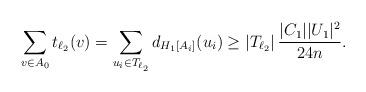
LaTeX: \begin{align*} \sum_{v\in A_0}t_{\ell_2}(v)= \sum_{u_i\in T_{\ell_2}}d_{H_1[A_i]}(u_i)\geq \left|T_{\ell_2}\right|\frac{|C_1||U_1|^2}{24n}. \end{align*}